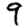
Digit: 9